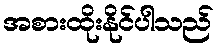
အစားထိုးနိုင်ပါသည်